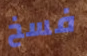
فسخ